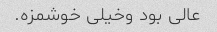
عالی بود وخیلی خوشمزه.